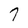
Character: 7